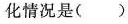
化情况是()